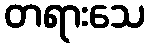
တရားသေ